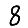
Digit: 8